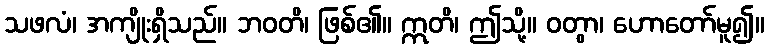
သဖလံ၊ အကျိုးရှိသည်။ ဘဝတိ၊ ဖြစ်၏။ ဣတိ၊ ဤသို့။ ဝတွာ၊ ဟောတော်မူ၍။